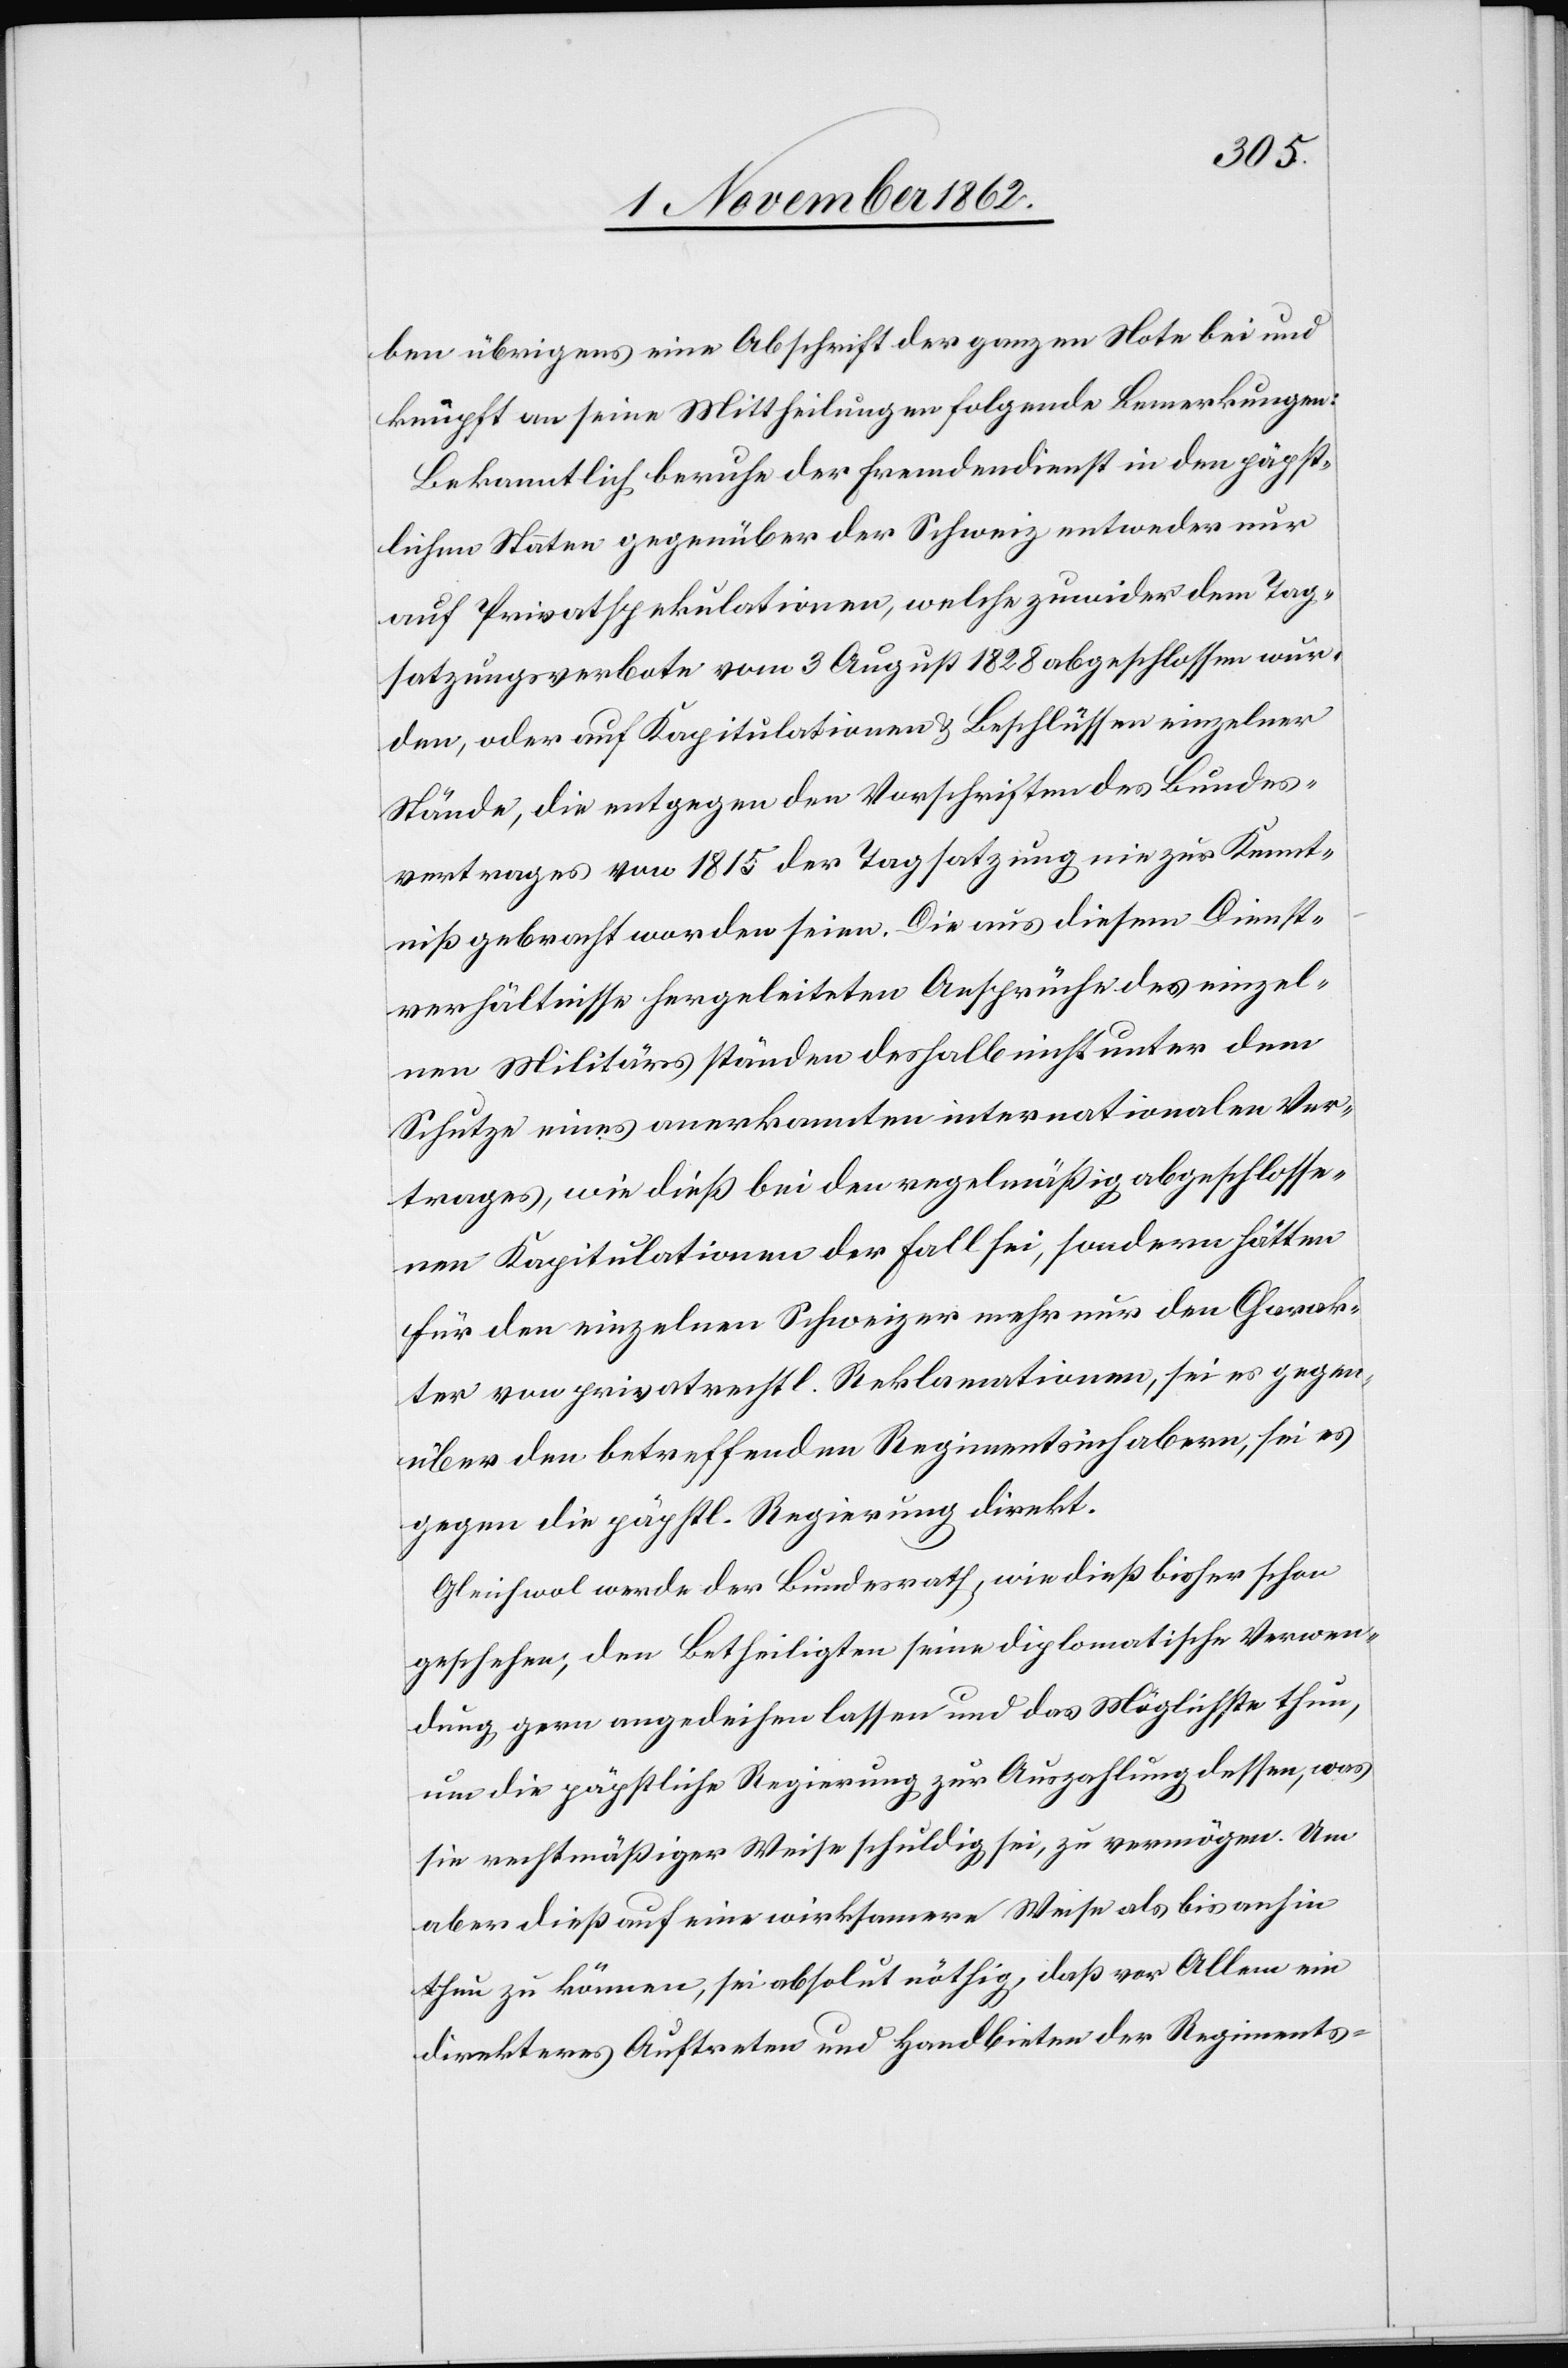
ben übrigens eine Abschrift der ganzen Note bei und
knüpft an seine Mittheilungen folgende Bemerkungen:
Bekanntlich beruhe der Fremdendienst in den päpst¬
lichen Staaten gegenüber der Schweiz entweder nur
auf Privatspekulationen, welche zuwider dem Tag¬
satzungsverbote vom 3. August 1828 abgeschlossen wur¬
den, oder auf Kapitulationen u. Beschlüssen einzelner
Stände, die entgegen der Vorschriften des Bundes¬
vertrages von 1815 der Tagsatzung nie zur Kennt¬
niß gebracht worden seien. Die aus diesem Dienst¬
verhältnisse hergeleiteten Ansprüche des einzel¬
nen Militärs ständen deshalb nicht unter dem
Schutze eines anerkannten internationalen Ver¬
trages, wie dieß bei den regelmäßig abgeschlosse¬
nen Kapitulationen der Fall sei, sondern hätten
für den einzelnen Schweizer mehr nur den Charak¬
ter von privatrechtl. Reklamationen, sei es gegen¬
über den betreffenden Regimentsinhabern, sei es
gegen die päpstl. Regierung direkt.
Gleichwol werde der Bundesrath, wie dieß bisher schon
geschehen, den Betheiligten seine diplomatische Verwen¬
dung, gern angedeihen lassen und das Möglichste thun,
um die päpstliche Regierung zur Auszahlung dessen, was
sie rechtmäßiger Weise schuldig sei, zu vermögen. Um
aber dieß auf eine wirksamere Weise als bis anhin
thun zu können, sei absolut nöthig, daß vor Allem ein
direkteres Auftreten und Handbieten der Regiments-